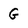
Character: G